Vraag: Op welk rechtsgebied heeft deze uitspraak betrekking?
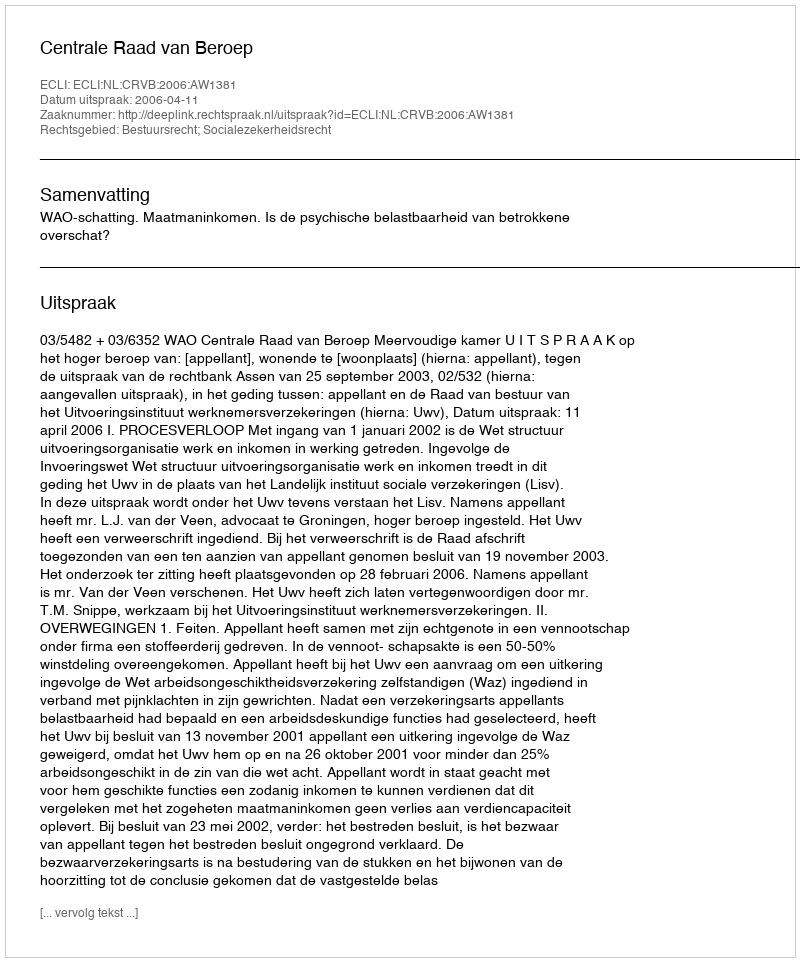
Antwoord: Bestuursrecht; Socialezekerheidsrecht